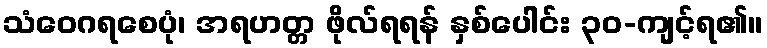
သံဝေဂရစေပုံ၊ အရဟတ္တ ဖိုလ်ရရန် နှစ်ပေါင်း ၃၀-ကျင့်ရ၏။